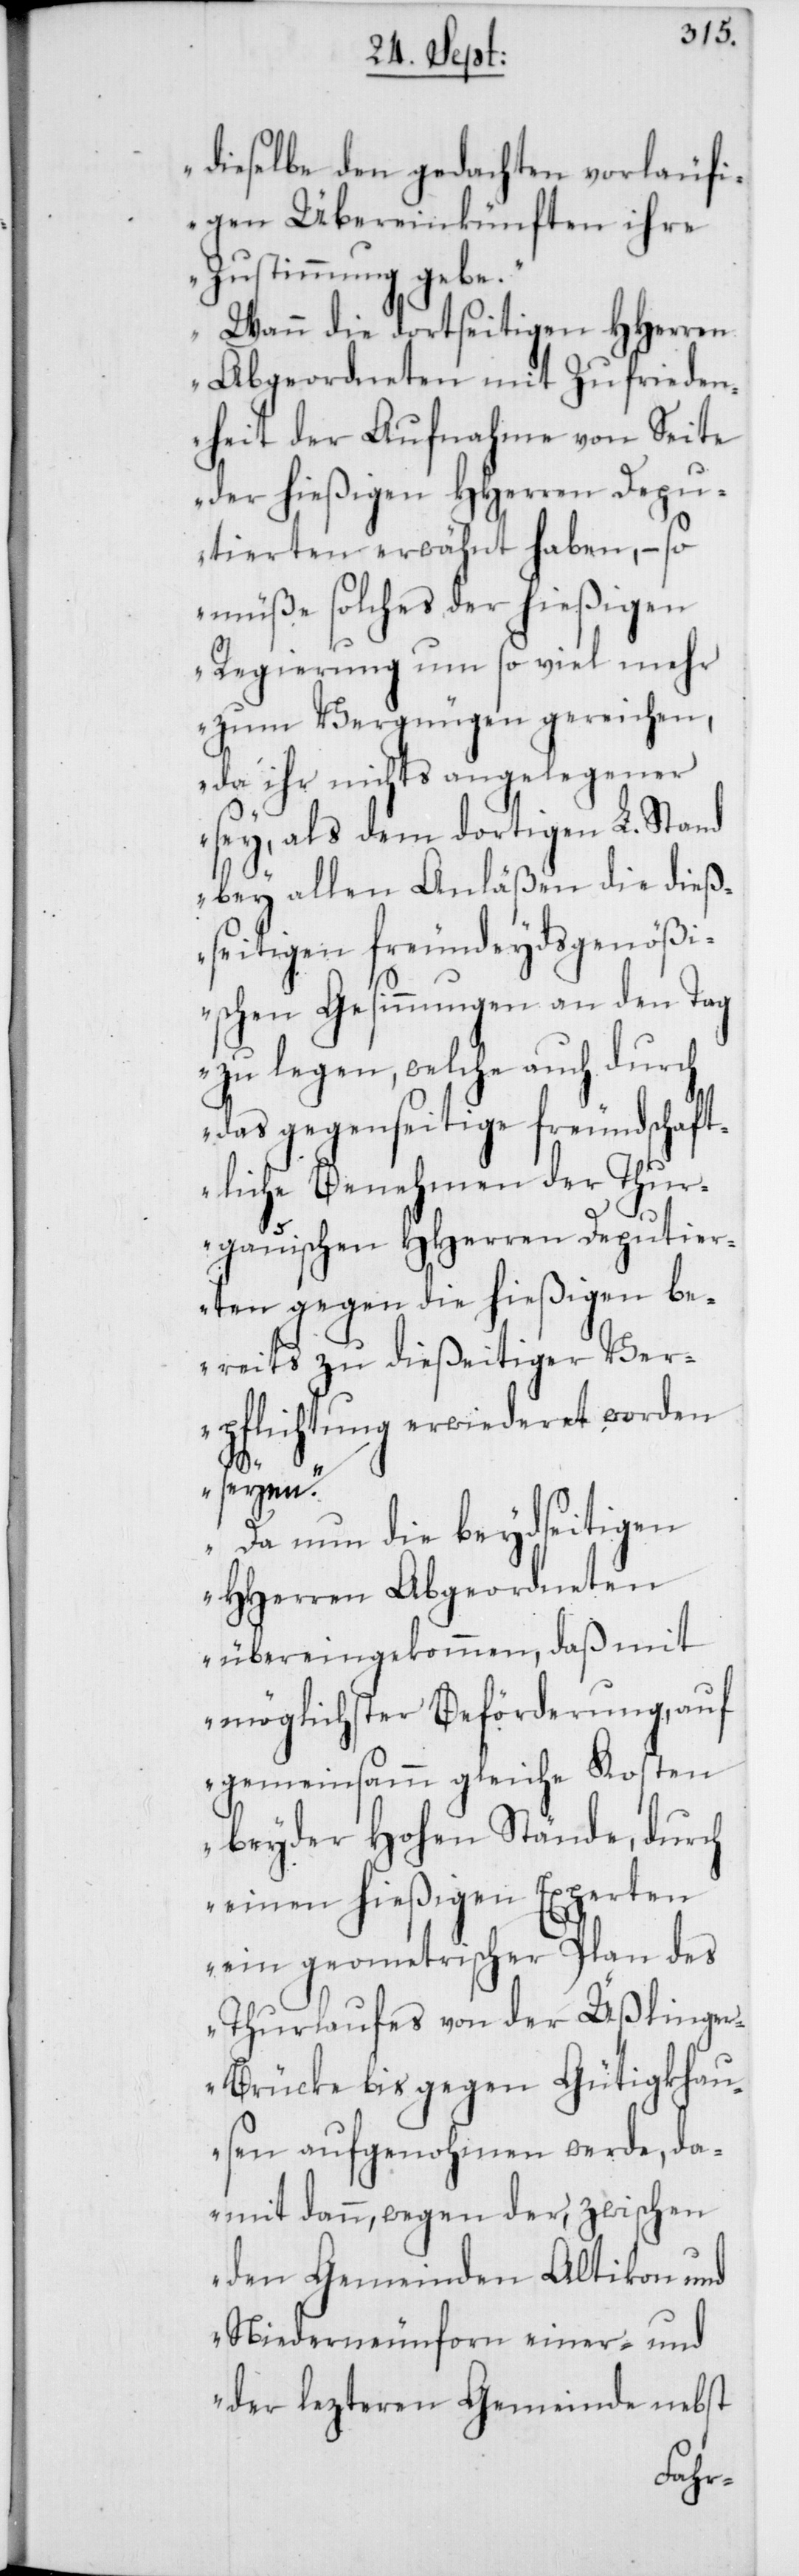
dieselbe den gedachten vorläufi¬
gen Übereinkünften ihre
Zustimmung gebe.
Wann die dortseitigen HHerren
Abgeordneten mit Zufrieden¬
heit der Aufnahme von Seite
der hießigen HHerren Depu¬
tierten erwähnt haben, – so
müße solches der hießigen
Regierung um so viel mehr
zum Vergnügen gereichen,
da ihr nichts angelegener
sey, als dem dortigen L. Stand
bey allen Anläßen die dieß¬
seitigen freundeydsgenößi¬
schen Gesinnungen an den Tag
zu legen, welche auch durch
das gegenseitige freundschaft¬
liche Benehmen der Thur¬
gauischen HHerren Deputier¬
ten gegen die hießigen be¬
reits zu dießeitiger Ver¬
pflichtung erwiederet worden
seyen.
Da nun die beydseitigen
HHerren Abgeordneten
übereingekommen, daß mit
möglichster Beförderung, auf
gemeinsamm gleiche Kosten
beyder Hohen Stände, durch
einen hießigen Experten
ein geometrischer Plan des
Thurlaufes von der Üßlinge¬
r-Brücke bis gegen Gütigkhau¬
sen aufgenohmen werde, da¬
mit dann, wegen der zwischen
den Gemeinden Altikon und
Niederneunforn einer-, und
der lezteren Gemeinde nebst